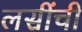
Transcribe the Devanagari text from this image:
लसींची